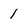
Character: 1